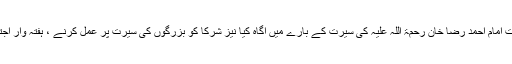
نگرانِ زون نے سنّتوں بھرا بیان کیا اور شرکا کو اعلیٰ حضرت امام احمد رضا خان رحمۃ اللہ علیہ کی سیرت کے بارے میں آگاہ کیا نیز شرکا کو بزرگوں کی سیرت پر عمل کرنے ، ہفتہ وار اجتماع میں شرکت کرنے اور قافلے میں سفر کی ترغیب دلائی۔